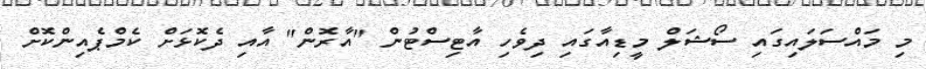
މި މައްސަލައިގައި ސޯޝަލް މީޑިއާގައި ދިވެހި އާޓިސްޓުން "އާރޮން" އާއި ދެކޮޅަށް ކެމްޕެއިންކޮށް